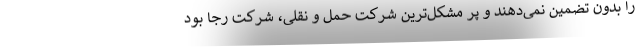
را بدون تضمین نمی‌دهند و پر مشکل‌ترین شرکت حمل و نقلی، شرکت رجا بود